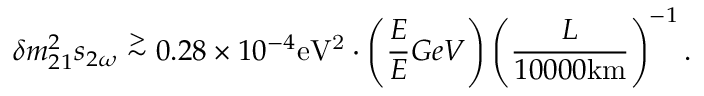
\delta m _ { 2 1 } ^ { 2 } s _ { 2 \omega } \stackrel { > } { \sim } 0 . 2 8 \times 1 0 ^ { - 4 } \mathrm { e V ^ { 2 } } \cdot \left( \frac { E } { E } { G e V } \right) \left( \frac { L } { 1 0 0 0 0 \mathrm { k m } } \right) ^ { - 1 } .